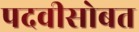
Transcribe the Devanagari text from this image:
पदवीसोबत